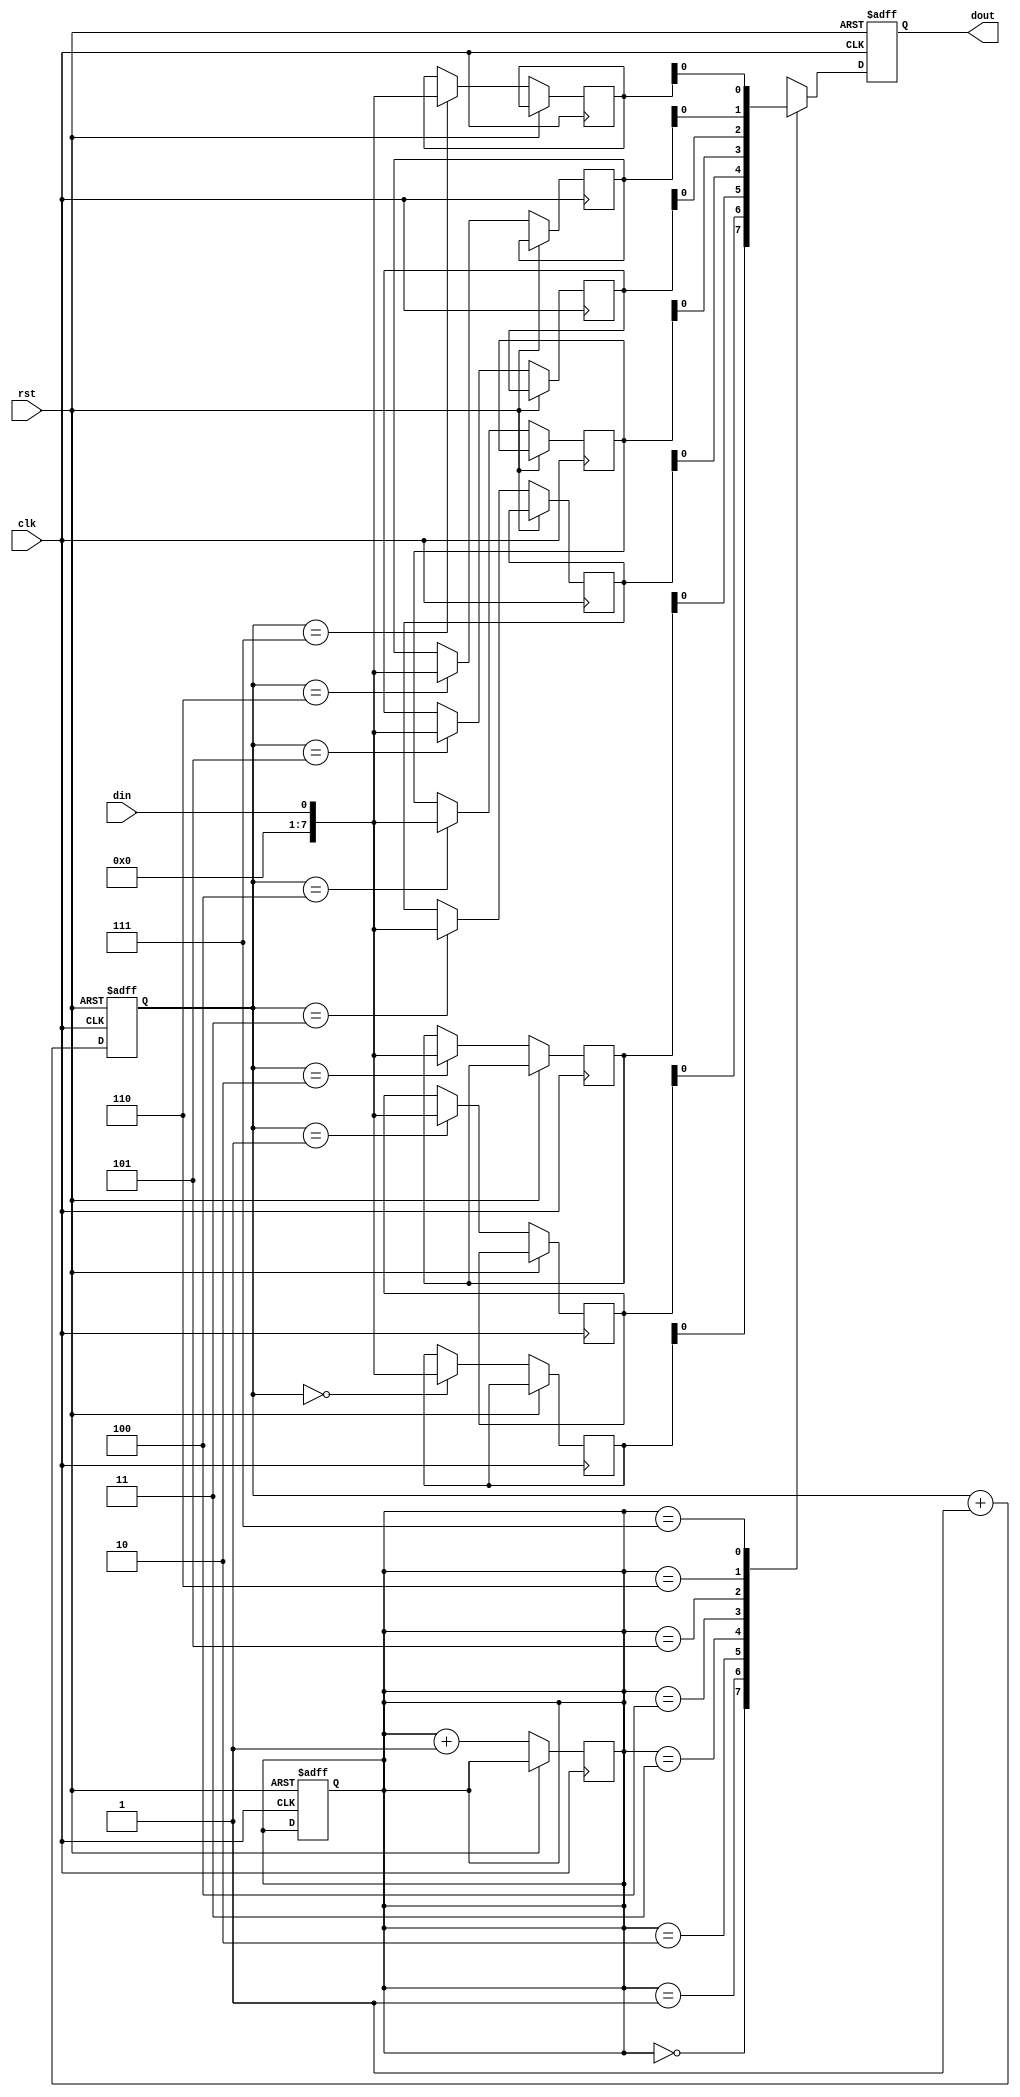
module edge_sensitive_fifo (
    input wire clk,
    input wire rst,
    input wire din,
    output reg dout
);

reg [7:0] buffer [0:7];
reg [2:0] writePtr = 0;
reg [2:0] readPtr = 0;

always @(posedge clk or posedge rst) begin
    if (rst) begin
        writePtr <= 0;
        readPtr <= 0;
    end else begin
        writePtr <= writePtr + 1;
        buffer[writePtr] <= din;
    end
end

always @(posedge clk or posedge rst) begin
    if (rst) begin
        dout <= 0;
    end else begin
        readPtr <= readPtr + 1;
        dout <= buffer[readPtr];
    end
end

endmodule